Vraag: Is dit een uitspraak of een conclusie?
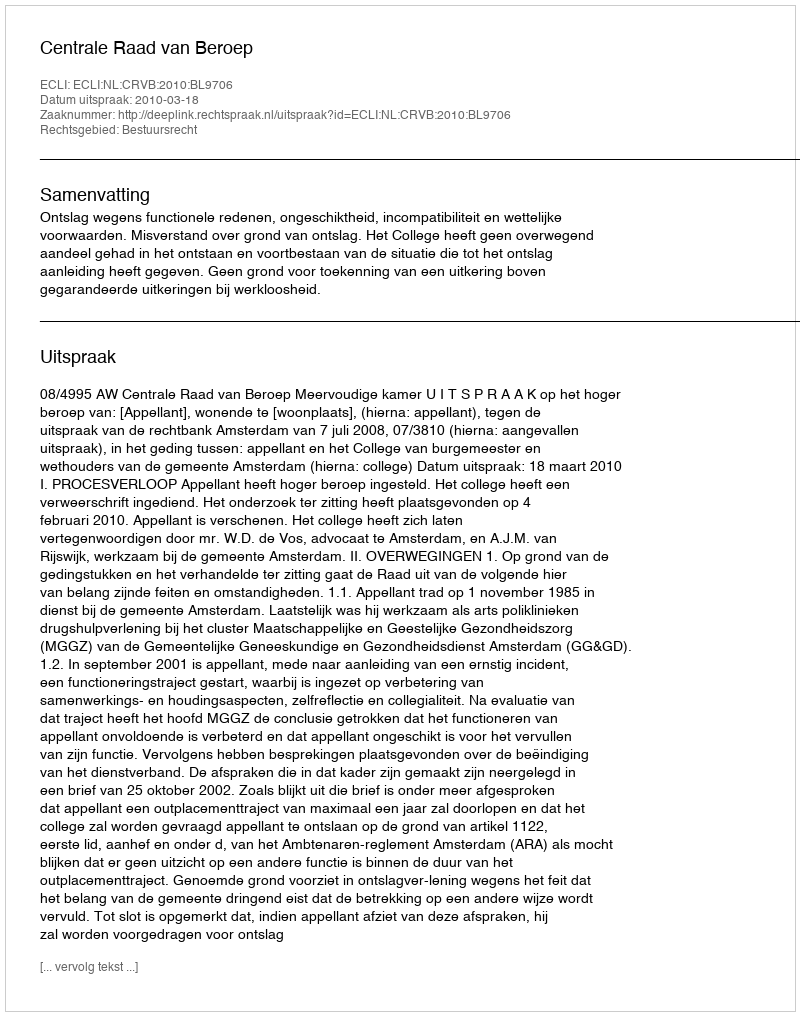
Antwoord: Uitspraak